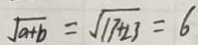
\sqrt { a + b } = \sqrt { 1 7 + 2 3 } = 6